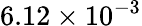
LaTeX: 6.12\times 10^{-3}